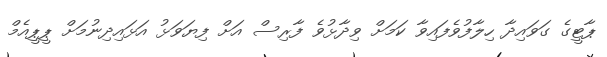
ޕާޓީގެ ގަވައިދާ ހިލާފުވެފައިވާ ކަމަށް ވިދާޅުވެ ފާރިސް އަށް ފިޔަވަޅު އަޅައިދިނުމަށް ޕީޕީއެމް